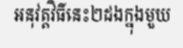
អនុវត្តវិធីនេះ២ដងក្នុងមួយ